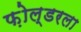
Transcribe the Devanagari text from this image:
फ़ोल्डरला